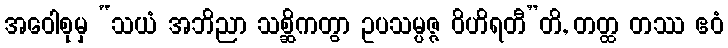
အဝေါစုမှ “သယံ အဘိညာ သစ္ဆိကတွာ ဥပသမ္ပဇ္ဇ ဝိဟိရတီ”တိ, တတ္ထ တဿ ဧဝံ